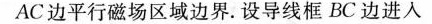
AC边平行磁场区域边界。设导线框BC边进入